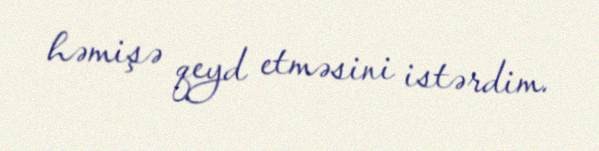
həmişə qeyd etməsini istərdim.